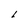
Character: l